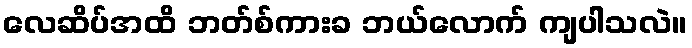
လေဆိပ်အထိ ဘတ်စ်ကားခ ဘယ်လောက် ကျပါသလဲ။